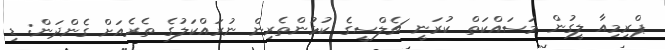
ޕްރިމިއާ ލީގުން މަސައްކަތް ކުރަނީ ޗެލްސީގެ ކުޅުންތެރިން ނުރައްކަލުގެ ތެރެއަށް ގެންދަން: ޑި